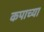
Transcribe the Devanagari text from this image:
कपाच्या